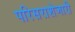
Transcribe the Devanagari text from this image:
परिसराशेजारी